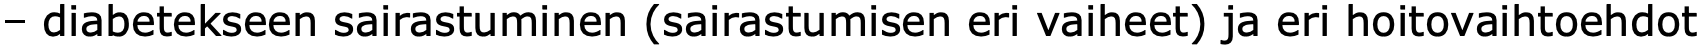
– diabetekseen sairastuminen (sairastumisen eri vaiheet) ja eri hoitovaihtoehdot